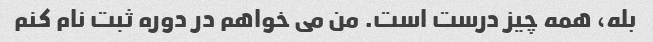
بله، همه چیز درست است. من می خواهم در دوره ثبت نام کنم